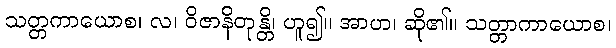
သတ္တကာယောစ၊ လ၊ ဝိဇာနိတုန္တိ၊ ဟူ၍။ အာဟ၊ ဆို၏။ သတ္တာကာယောစ၊